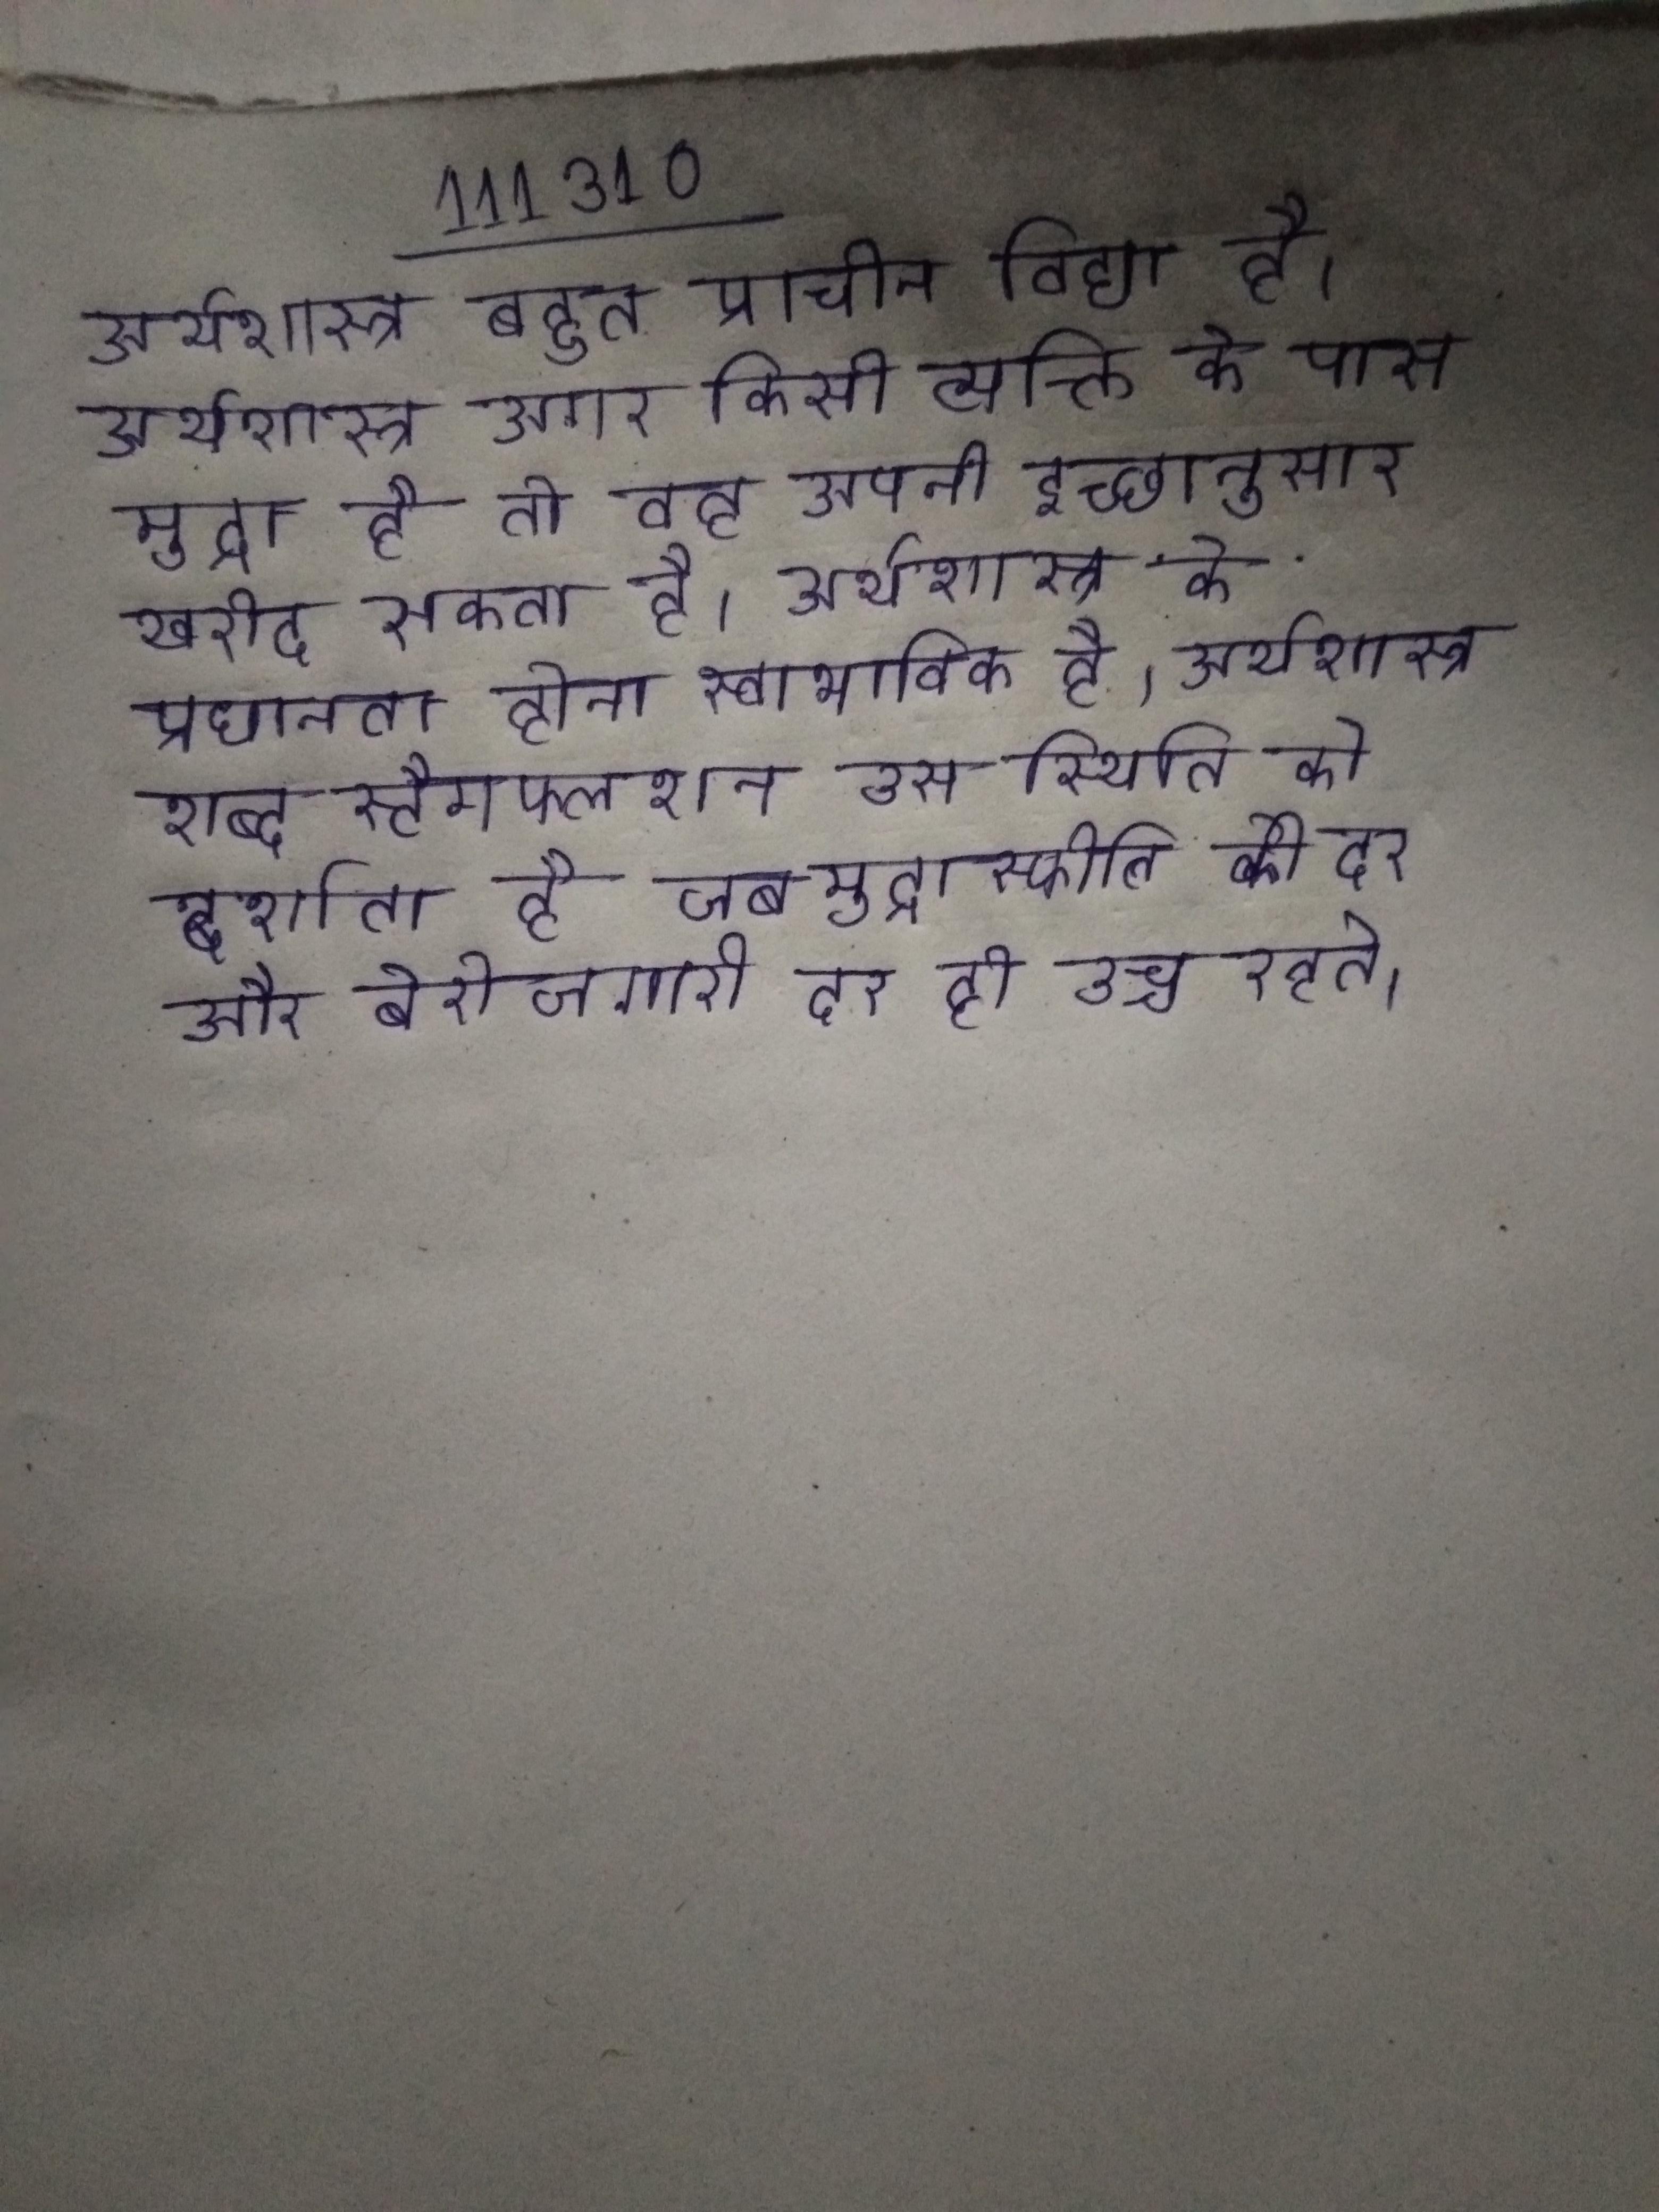
अर्थशास्त्र बहुत प्राचीन विद्या है । अर्थशास्त्र अगर किसी व्यक्ति के पास मुद्रा है तो वह अपनी इच्छानुसार खरीद सकता है । अर्थशास्त्र की प्रधानता होना स्वाभाविक है । अर्थशास्त्र शब्द स्टैगफ्लेशन उस स्थिति को दर्शाता है जब मुद्रास्फीति की दर और बेरोजगारी दर ही उच्च रहते ।